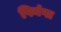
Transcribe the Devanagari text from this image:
पिनंगा